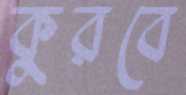
কুরবে